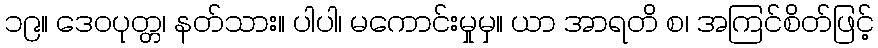
၁၉။ ဒေဝပုတ္တ၊ နတ်သား။ ပါပါ၊ မကောင်းမှုမှ။ ယာ အာရတိ စ၊ အကြင်စိတ်ဖြင့်